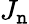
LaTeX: J_{\mathtt{n}}